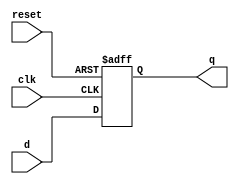
module ParameterizedRegister #(
    parameter WIDTH = 8  // Default width of the register
) (
    input wire clk,      // Clock signal
    input wire reset,    // Active-high asynchronous reset
    input wire [WIDTH-1:0] d,  // Input data
    output reg [WIDTH-1:0] q   // Output data
);
    
    // Always block sensitive to the clock and reset
    always @(posedge clk or posedge reset) begin
        if (reset) begin
            // If reset is asserted, initialize the register to zero
            q <= {WIDTH{1'b0}};
        end else begin
            // On clock edge, update the register with input data
            q <= d;
        end
    end
    
endmodule